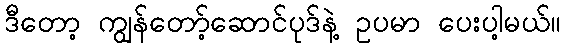
ဒီတော့ ကျွန်တော့်ဆောင်ပုဒ်နဲ့ ဥပမာ ပေးပါ့မယ်။